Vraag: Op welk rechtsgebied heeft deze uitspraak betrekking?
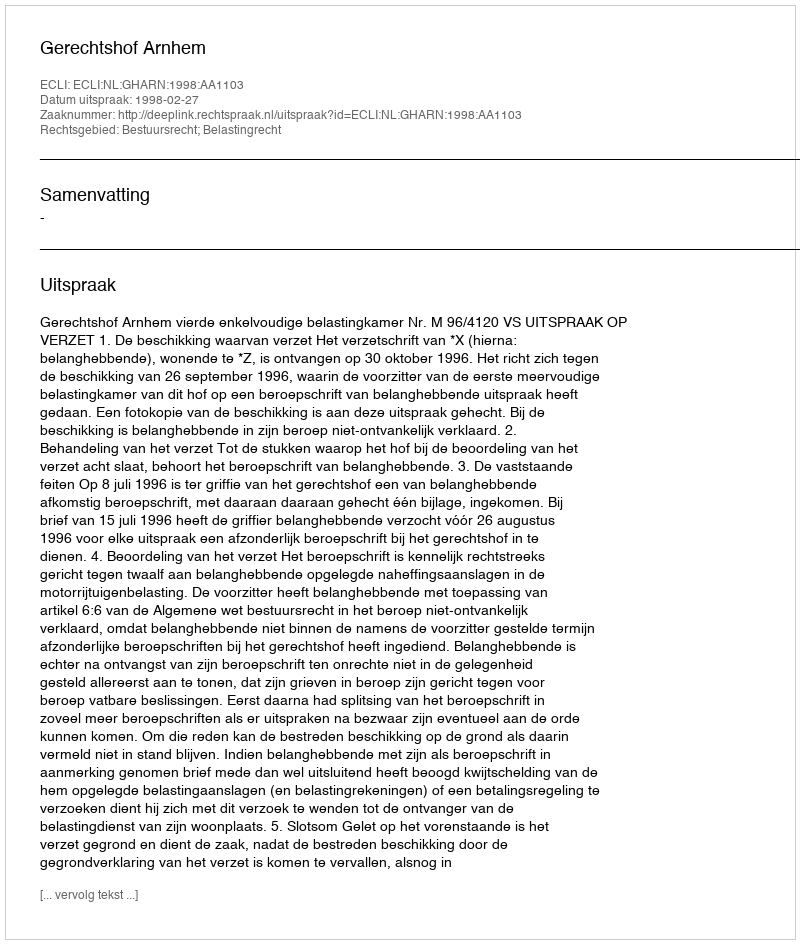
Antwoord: Bestuursrecht; Belastingrecht